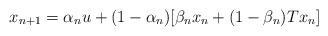
LaTeX: \begin{align*} x_{n+1} = \alpha_n u + (1-\alpha_n) [\beta_n x_n + (1-\beta_n)Tx_n] \end{align*}